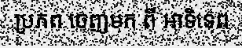
ប្រភព ចេញមក ពី អាទិទេព